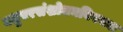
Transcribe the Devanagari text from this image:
वधुवरसंशोधनविषयक